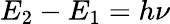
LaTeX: E_{2}-E_{1}=h\nu